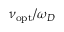
\nu _ { \mathrm { o p t } } / \omega _ { D }